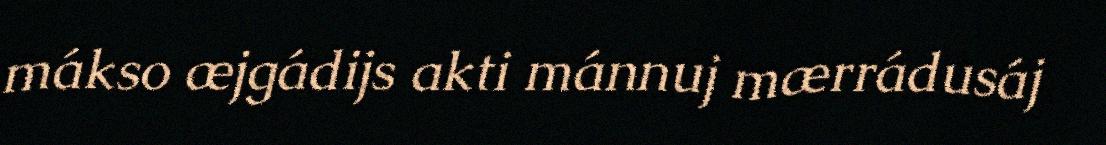
mákso æjgádijs akti mánnuj mærrádusáj